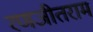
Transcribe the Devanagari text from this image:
रणजीतराम